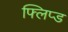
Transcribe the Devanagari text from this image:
फ्लिप्ड